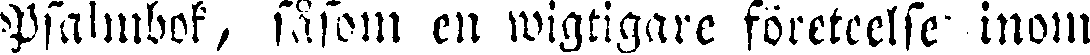
Psalmbok, såsom en wigtigare företeelse inom